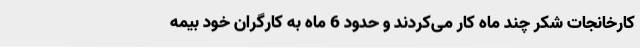
کارخانجات شکر چند ماه کار می‌کردند و حدود 6 ماه به کارگران خود بیمه